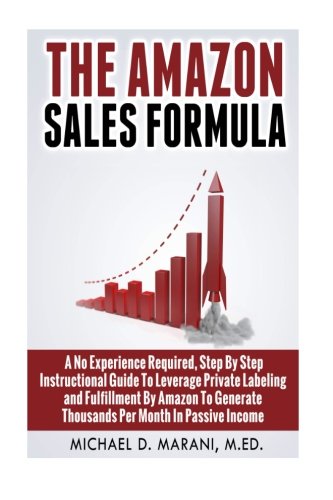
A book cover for The Amazon Sales Formula: A No Experience Required, Step By Step Instructional Guide To Leverage Private Labeling and Fulfillment By Amazon, To Generate Thousands Per Month In Passive Income.; Michael D Marani M.Ed.; Business & Money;